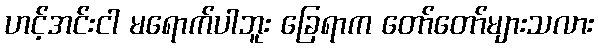
ဟင့်အင်းငါ မရောက်ပါဘူး ခြေရာက တော်တော်များသလား